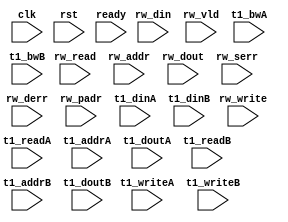
module algo_1r1rw_b37_sva_wrap
#(parameter IP_WIDTH = 32, parameter IP_BITWIDTH = 5, parameter IP_DECCBITS = 7, parameter IP_NUMADDR = 8192, parameter IP_BITADDR = 13, 
parameter IP_NUMVBNK = 4,	parameter IP_BITVBNK = 2, parameter IP_BITPBNK = 3,
parameter IP_ENAECC = 0, parameter IP_ENAPAR = 0, parameter IP_SECCBITS = 4, parameter IP_SECCDWIDTH = 3, 
parameter FLOPECC = 0, parameter FLOPIN = 0, parameter FLOPOUT = 0, parameter FLOPCMD = 0, parameter FLOPMEM = 0,

parameter T1_WIDTH = 64, parameter T1_NUMVBNK = 1, parameter T1_BITVBNK = 1, parameter T1_DELAY = 2,
parameter T1_BITWSPF = 0, parameter T1_NUMWRDS = 1, parameter T1_BITWRDS = 1,  parameter T1_NUMSROW = 4096, parameter T1_BITSROW = 12, parameter T1_PHYWDTH = 128,
parameter T1_NUMVROW = 256, parameter T1_BITVROW = 8)
(clk, rst, ready, rw_read, rw_write, rw_addr, rw_din, rw_dout, rw_vld, rw_serr, rw_derr, rw_padr,
 t1_readA, t1_writeA, t1_addrA, t1_dinA, t1_bwA, t1_doutA,
 t1_readB, t1_writeB, t1_addrB, t1_dinB, t1_bwB, t1_doutB);


  parameter WIDTH = IP_WIDTH;
  parameter BITWDTH = IP_BITWIDTH;
  parameter ENAPAR  = IP_ENAPAR;
  parameter ENAECC  = IP_ENAECC;
  parameter ECCWDTH = IP_DECCBITS;
  parameter NUMADDR = IP_NUMADDR;
  parameter BITADDR = IP_BITADDR;
  parameter NUMVROW = T1_NUMVROW;
  parameter BITVROW = T1_BITVROW;
  parameter NUMVBNK = IP_NUMVBNK;
  parameter BITVBNK = IP_BITVBNK;
  parameter SRAM_DELAY = T1_DELAY;
  parameter NUMWRDS = T1_NUMWRDS;      // ALIGN Parameters
  parameter BITWRDS = T1_BITWRDS;
  parameter NUMSROW = T1_NUMSROW;
  parameter BITSROW = T1_BITSROW;      
  parameter PHYWDTH = T1_PHYWDTH;
  parameter BITPADR = BITVBNK+BITSROW+BITWRDS+1;

  input [2-1:0]                        rw_read;
  input [2-1:0]                        rw_write;
  input [2*BITADDR-1:0]                rw_addr;
  input [2*WIDTH-1:0]                  rw_din;
  input [2-1:0]                       rw_vld;
  input [2*WIDTH-1:0]                 rw_dout;
  input [2-1:0]                       rw_serr;
  input [2-1:0]                       rw_derr;
  input [2*BITPADR-1:0]               rw_padr;

  input                               ready;
  input                                clk, rst;

  input [NUMVBNK-1:0]               t1_readA;
  input [NUMVBNK-1:0]               t1_writeA;
  input [NUMVBNK*BITSROW-1:0]       t1_addrA;
  input [NUMVBNK*PHYWDTH-1:0]         t1_dinA;
  input [NUMVBNK*PHYWDTH-1:0]         t1_bwA;
  input [NUMVBNK*PHYWDTH-1:0]          t1_doutA;

  input [NUMVBNK-1:0]               t1_readB;
  input [NUMVBNK-1:0]               t1_writeB;
  input [NUMVBNK*BITSROW-1:0]       t1_addrB;
  input [NUMVBNK*PHYWDTH-1:0]         t1_dinB;
  input [NUMVBNK*PHYWDTH-1:0]         t1_bwB;
  input [NUMVBNK*PHYWDTH-1:0]          t1_doutB;

endmodule    //algo_1r1rw_b37_sva_wrap